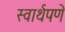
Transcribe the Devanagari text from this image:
स्वार्थपणे